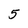
Character: 5